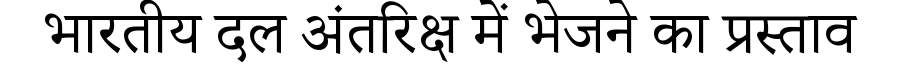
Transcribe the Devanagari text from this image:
भारतीय दल अंतरिक्ष में भेजने का प्रस्ताव